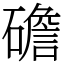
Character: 䃫